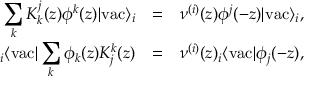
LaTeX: \begin{array} { r c l } { { \displaystyle \sum _ { k } K _ { k } ^ { j } ( z ) \phi ^ { k } ( z ) | \mathrm { v a c } \rangle _ { i } } } & { { = } } & { { \nu ^ { ( i ) } ( z ) \phi ^ { j } ( - z ) | \mathrm { v a c } \rangle _ { i } , } } \\ { { { } _ { i } \langle \mathrm { v a c } | \displaystyle \sum _ { k } \phi _ { k } ( z ) K _ { j } ^ { k } ( z ) } } & { { = } } & { { \nu ^ { ( i ) } ( z ) { } _ { i } \langle \mathrm { v a c } | \phi _ { j } ( - z ) , } } \end{array}